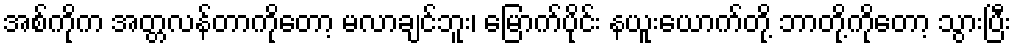
အစ်ကိုက အတ္တလန်တာကိုတော့ မလာချင်ဘူး၊ မြောက်ပိုင်း နယူးယောက်တို့ ဘာတို့ကိုတော့ သွားပြီး